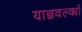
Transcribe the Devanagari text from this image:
याज्ञवल्क्यों